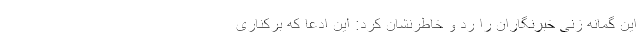
این گمانه زنی خبرنگاران را رد و خاطرنشان کرد: این ادعا که برکناری